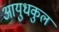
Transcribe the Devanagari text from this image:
आयुधकुल